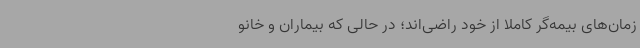
زمان‌های بیمه‌گر کاملا از خود راضی‌اند؛ در حالی که بیماران و خانو